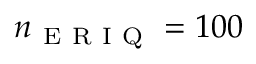
n _ { \mathrm { ~ E ~ R ~ I ~ Q ~ } } = 1 0 0